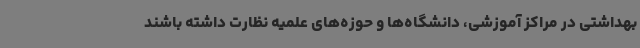
بهداشتی در مراکز آموزشی، دانشگاه‌ها و حوزه‌های علمیه نظارت داشته باشند